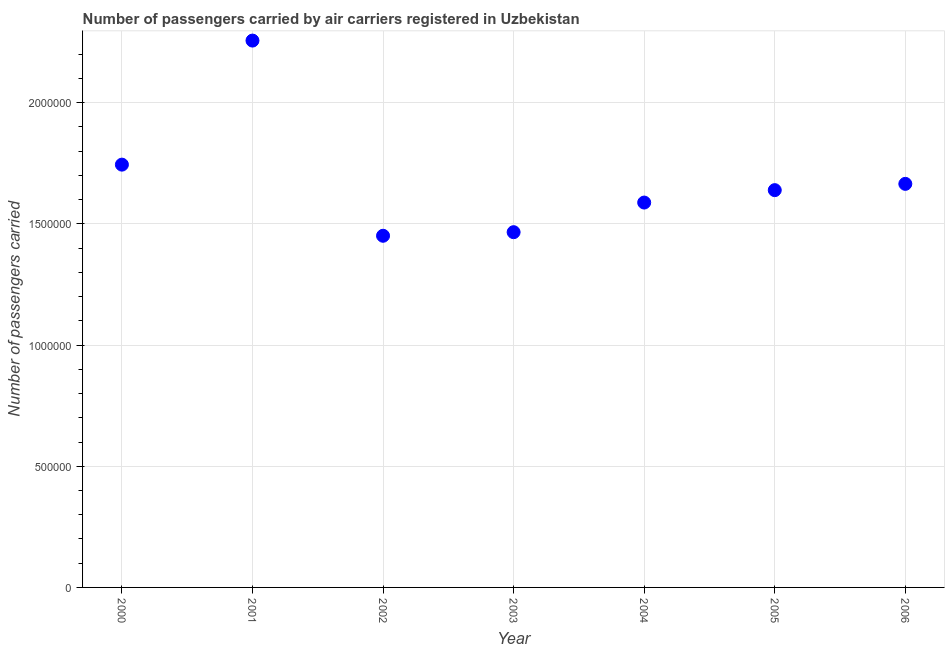
| Year | Air transport |
 | --- | --- |
 | 2000 | 1.74e+06 |
 | 2001 | 2.26e+06 |
 | 2002 | 1.45e+06 |
 | 2003 | 1.47e+06 |
 | 2004 | 1.59e+06 |
 | 2005 | 1.64e+06 |
 | 2006 | 1.67e+06 |